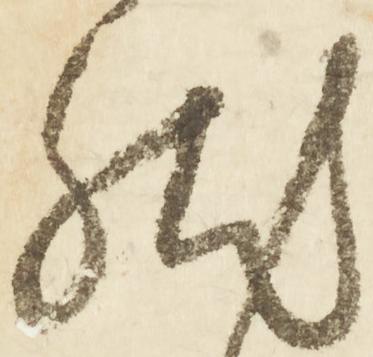
然